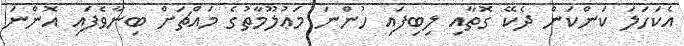
އެކަހަލަ ކަންކަން ދެކޭ ގޮތާއި ލިބިފައި ހުންނަ މަޢުލޫމާތުގެ މައްޗަށް ބިނާވެފައި އޮންނަ